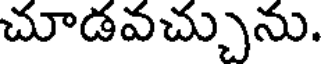
చూడవచ్చును.